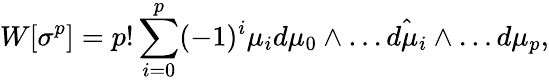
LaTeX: W[\sigma^{p}]=p!\sum_{i=0}^{p}(-1)^{i}\mu_{i}d\mu_{0}\wedge\dots\hat{d\mu_{i}}\wedge\dots d\mu_{p},